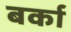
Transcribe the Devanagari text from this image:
बर्का